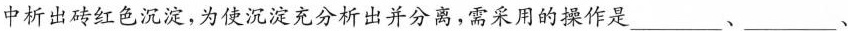
中析出砖红色沉淀，为使沉淀充分析出并分离，需采用的操作是___、___、